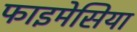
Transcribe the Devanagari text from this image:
फाइमेसिया